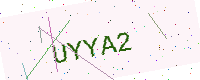
Text: UYYA2